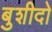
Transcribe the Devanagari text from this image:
बुशीदो